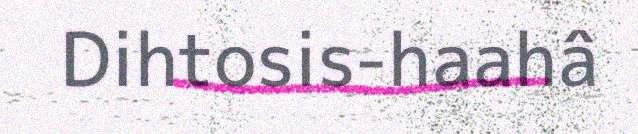
Dihtosis-haahâ